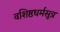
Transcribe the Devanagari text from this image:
वशिष्ठधर्मसूत्र